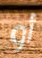
أو